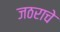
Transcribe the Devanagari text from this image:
जठराचे